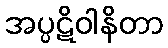
အပ္ပဋိဝါနိတာ